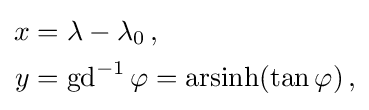
{\begin{aligned}x&=\lambda -\lambda _{0}\,,\\y&=\operatorname {gd} ^{-1}\varphi =\operatorname {arsinh} (\tan \varphi )\,,\end{aligned}}